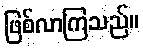
ဖြစ်လာကြသည်။